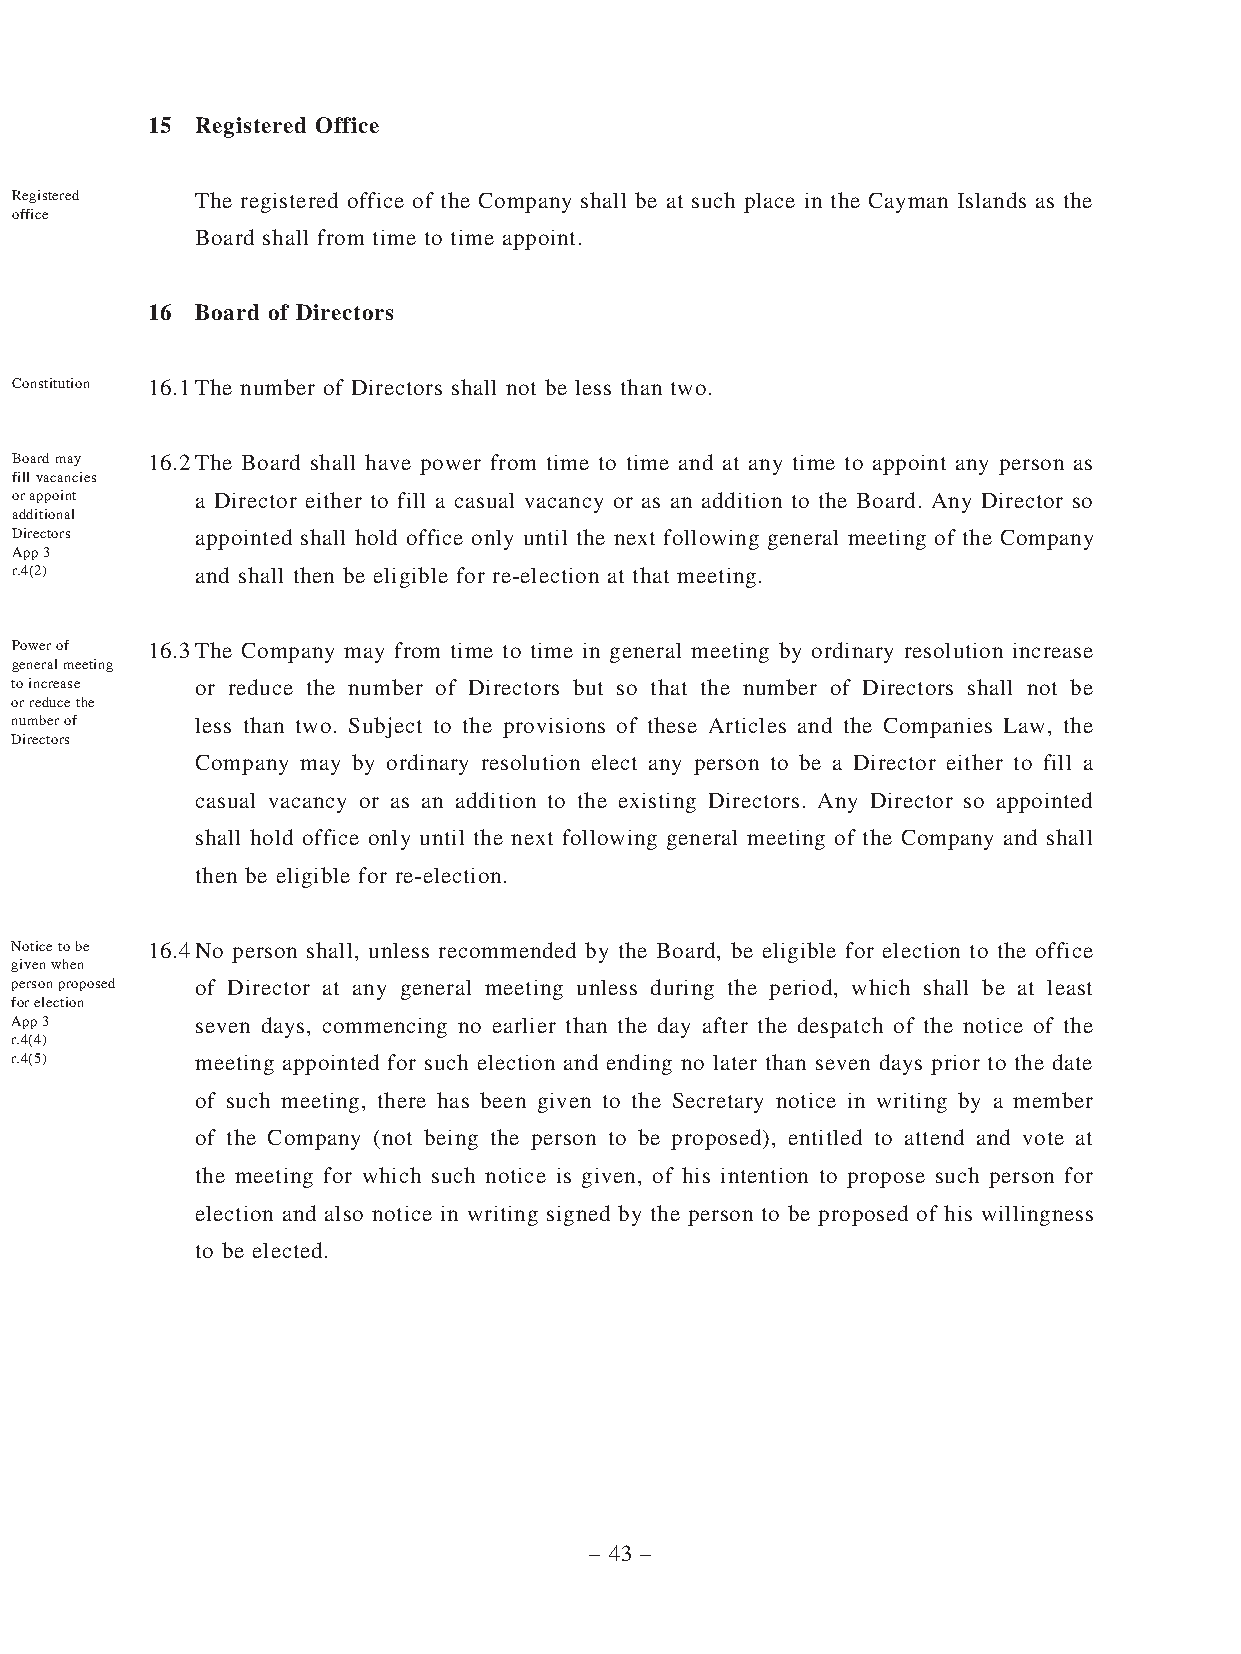
15 Registered Office
 Registered  The registered office of the Company shall be at such place in the Cayman Islands as the
 office
 Board shall from time to time appoint.
 16 Board of Directors
 Constitution 16.1 The number of Directors shall not be less than two.
 Board may 16.2 The Board shall have power from time to time and at any time to appoint any person as
 fill vacancies
 or appoint  a Director either to fill a casual vacancy or as an addition to the Board. Any Director so
 additional
 Directors   appointed shall hold office only until the next following general meeting of the Company
 App 3
 r.4(2)      and shall then be eligible for re-election at that meeting.
 Power of 16.3 The Company may from time to time in general meeting by ordinary resolution increase
 general meeting
 to increase or reduce the number of Directors but so that the number of Directors shall not be
 or reduce the
 number of   less than two. Subject to the provisions of these Articles and the Companies Law, the
 Directors
 Company may by ordinary resolution elect any person to be a Director either to fill a
 casual vacancy or as an addition to the existing Directors. Any Director so appointed
 shall hold office only until the next following general meeting of the Company and shall
 then be eligible for re-election.
 Notice to be 16.4 No person shall, unless recommended by the Board, be eligible for election to the office
 given when
 person proposed of Director at any general meeting unless during the period, which shall be at least
 for election
 App 3       seven days, commencing no earlier than the day after the despatch of the notice of the
 r.4(4)
 r.4(5)      meeting appointed for such election and ending no later than seven days prior to the date
 of such meeting, there has been given to the Secretary notice in writing by a member
 of the Company (not being the person to be proposed), entitled to attend and vote at
 the meeting for which such notice is given, of his intention to propose such person for
 election and also notice in writing signed by the person to be proposed of his willingness
 to be elected.
 – 43 –